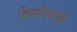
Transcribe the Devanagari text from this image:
विपरीतापुढं